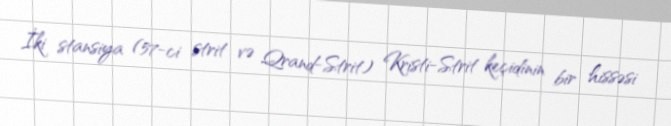
İki stansiya (57-ci strit və Qrand-Strit) Kristi-Strit keçidinin bir hissəsi